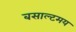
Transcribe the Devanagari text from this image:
बसाल्टमय